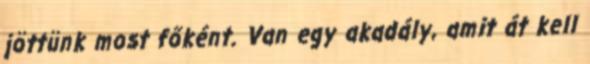
jöttünk most főként. Van egy akadály, amit át kell